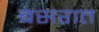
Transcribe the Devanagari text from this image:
बसरात